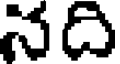
నది